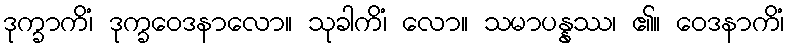
ဒုက္ခာကိံ၊ ဒုက္ခဝေဒနာလော။ သုခါကိံ၊ လော။ သမာပန္နဿ၊ ၏။ ဝေဒနာကိံ၊